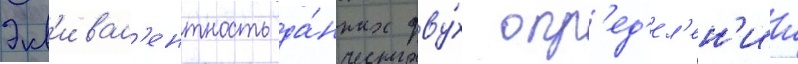
Экв'ивал'ентность да́нных дву́х опр'ед'ел'ен'ии